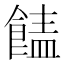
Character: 䭍